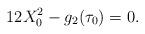
LaTeX: \begin{align*}12X_{0}^{2}-g_{2}(\tau_{0})=0. \end{align*}